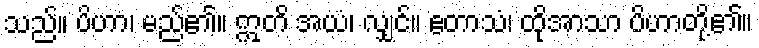
သည်။ ပိဟာ၊ မည်၏။ ဣတိ အယံ၊ လျှင်။ ဧတာသံ၊ ထိုအာသာ ပိဟာတို့၏။